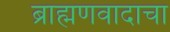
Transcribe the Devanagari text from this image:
ब्राह्मणवादाचा